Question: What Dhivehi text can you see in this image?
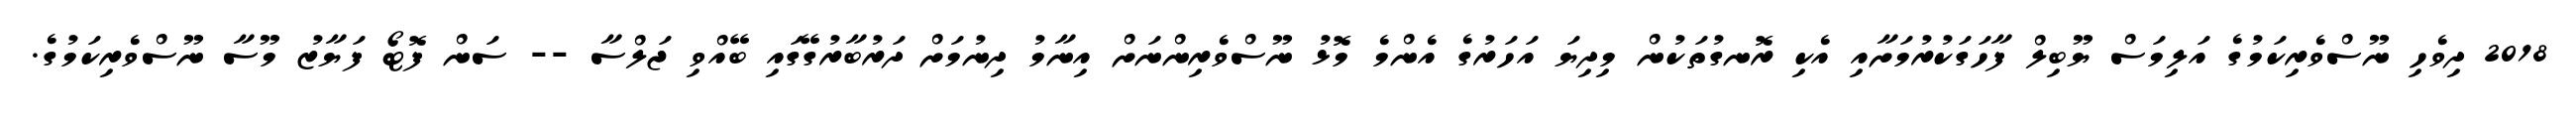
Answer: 2018 ދިވެހި ނޫސްވެރިކަމުގެ އަލިމަސް ޔޫބިލް ފާހަގަކުރުމަށާއި އެކި ރޮނގުތަކުން މިދިޔަ އަހަރުގެ އެންމެ މޮޅު ނޫސްވެރިންނަށް އިނާމު ދިނުމަށް ދަރުބާރުގޭގައި ބޭއްވި ޖަލްސާ -- ސަން ފޮޓޯ ފަޔާޒު މޫސާ ނޫސްވެރިކަމުގެ.